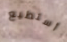
أستطيع